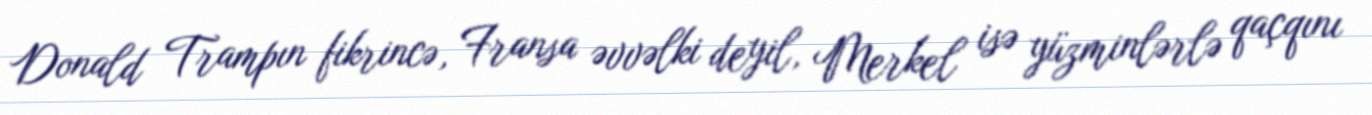
Donald Trampın fikrincə, Fransa əvvəlki deyil, Merkel isə yüzminlərlə qaçqını